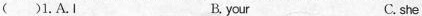
( )1. A. I B. your C. she